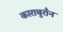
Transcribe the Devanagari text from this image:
काराबुराँन